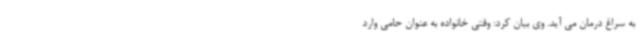
به سراغ درمان می آید. وی بیان کرد: وقتی خانواده به عنوان حامی وارد